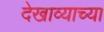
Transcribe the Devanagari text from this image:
देखाव्याच्या